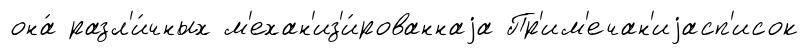
она́ разл'и́чных м'ехан'из'и́рованнаjа Пр'им'ечан'иjасп'исок